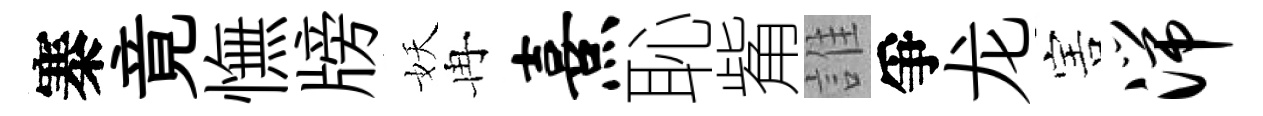
寨竟憮牓妖冉熹恥觜誰爭龙害湍